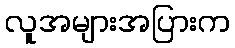
လူအများအပြားက